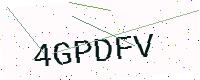
Text: 4GPDFV